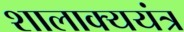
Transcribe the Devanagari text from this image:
शालाक्ययंत्र